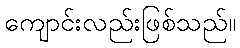
ကျောင်းလည်းဖြစ်သည်။